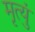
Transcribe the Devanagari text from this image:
मृत्युं